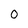
Character: 0